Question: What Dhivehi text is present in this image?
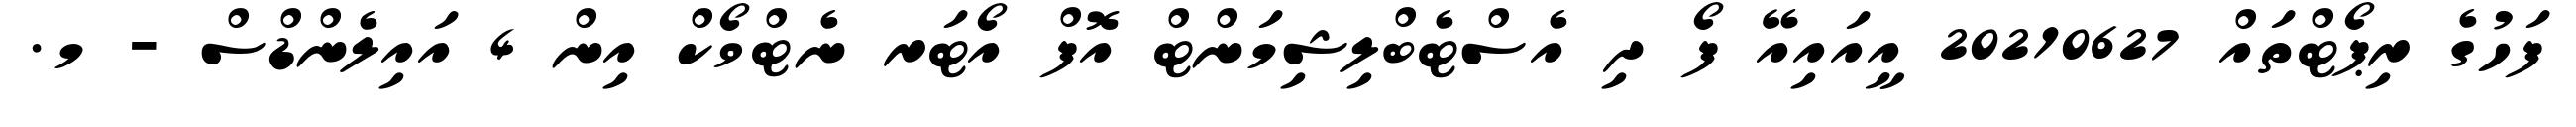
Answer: ފަހުގެ ރިޕޯޓްތައް 20210627 އީއައިއޭ ފޯ ދި އެސްޓެބްލިޝިމަންޓް އޮފް އޯޓަރ ނެޓްވޯކް އިން 4 އައިލެންޑްސް - މ.